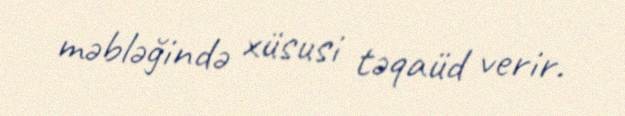
məbləğində xüsusi təqaüd verir.